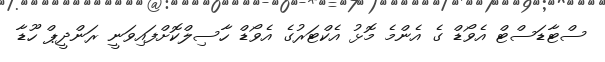
ސްޓާޑަސްޓް އެވޯޑް ގެ އެންމެ މޮޅު އެކްޓަރުގެ އެވޯޑް ހާސިލްކޮށްފައިވަނީ ރަންދީޕް ހޫޑާ